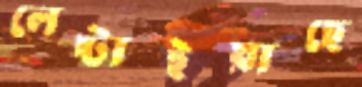
লেপ্‌টাইয়াছে